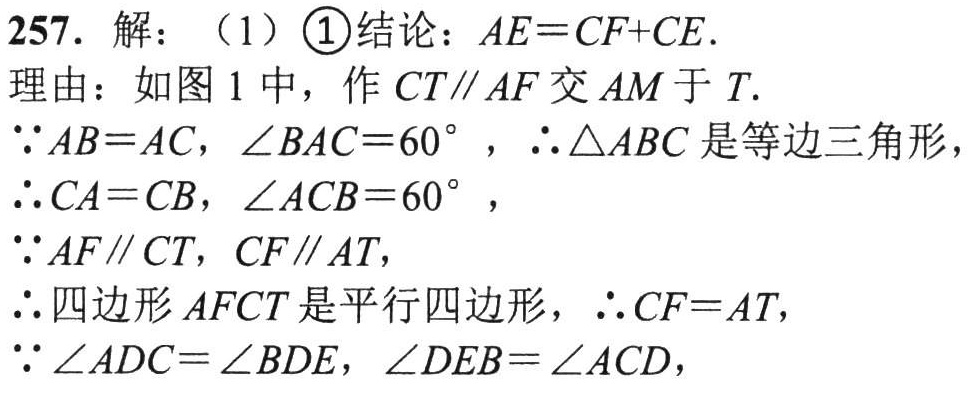
257. 解：（1）\(\textcircled{1}\)结论：\(AE = CF + CE\).
理由：如图1中，作\(CT\parallel AF\)交\(AM\)于\(T\).
\(\because AB = AC\)，\(\angle BAC = 60^{\circ}\)，\(\therefore\triangle ABC\)是等边三角形，
\(\therefore CA = CB\)，\(\angle ACB = 60^{\circ}\)，
\(\because AF\parallel CT\)，\(CF\parallel AT\)，
\(\therefore\)四边形\(AFCT\)是平行四边形，\(\therefore CF = AT\)，
\(\because\angle ADC=\angle BDE\)，\(\angle DEB=\angle ACD\)，